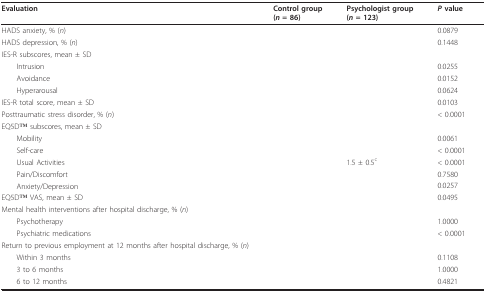
<table><thead><tr><td><b>Evaluation</b></td><td><b>Control group(<i>n </i>= 86)</b></td><td><b>Psychologist group(<i>n </i>= 123)</b></td><td><b><i>P </i>value</b></td></tr></thead><tbody><tr><td>HADS anxiety, % (<i>n</i>)</td><td>[EMPTY_CELL]</td><td>[EMPTY_CELL]</td><td>0.0879</td></tr><tr><td>HADS depression, % (<i>n</i>)</td><td>[EMPTY_CELL]</td><td>[EMPTY_CELL]</td><td>0.1448</td></tr><tr><td>IES-R subscores, mean ± SD</td><td>[EMPTY_CELL]</td><td>[EMPTY_CELL]</td><td>[EMPTY_CELL]</td></tr><tr><td> Intrusion</td><td>[EMPTY_CELL]</td><td>[EMPTY_CELL]</td><td>0.0255</td></tr><tr><td> Avoidance</td><td>[EMPTY_CELL]</td><td>[EMPTY_CELL]</td><td>0.0152</td></tr><tr><td> Hyperarousal</td><td>[EMPTY_CELL]</td><td>[EMPTY_CELL]</td><td>0.0624</td></tr><tr><td>IES-R total score, mean ± SD</td><td>[EMPTY_CELL]</td><td>[EMPTY_CELL]</td><td>0.0103</td></tr><tr><td>Posttraumatic stress disorder, % (<i>n</i>)</td><td>[EMPTY_CELL]</td><td>[EMPTY_CELL]</td><td>&lt; 0.0001</td></tr><tr><td>EQ5DTM subscores, mean ± SD</td><td>[EMPTY_CELL]</td><td>[EMPTY_CELL]</td><td>[EMPTY_CELL]</td></tr><tr><td> Mobility</td><td>[EMPTY_CELL]</td><td>[EMPTY_CELL]</td><td>0.0061</td></tr><tr><td> Self-care</td><td>[EMPTY_CELL]</td><td>[EMPTY_CELL]</td><td>&lt; 0.0001</td></tr><tr><td> Usual Activities</td><td>[EMPTY_CELL]</td><td>1.5 ± 0.5<sup>c</sup></td><td>&lt; 0.0001</td></tr><tr><td> Pain/Discomfort</td><td>[EMPTY_CELL]</td><td>[EMPTY_CELL]</td><td>0.7580</td></tr><tr><td> Anxiety/Depression</td><td>[EMPTY_CELL]</td><td>[EMPTY_CELL]</td><td>0.0257</td></tr><tr><td>EQ5DTM VAS, mean ± SD</td><td>[EMPTY_CELL]</td><td>[EMPTY_CELL]</td><td>0.0495</td></tr><tr><td>Mental health interventions after hospital discharge, % (<i>n</i>)</td><td>[EMPTY_CELL]</td><td>[EMPTY_CELL]</td><td>[EMPTY_CELL]</td></tr><tr><td> Psychotherapy</td><td>[EMPTY_CELL]</td><td>[EMPTY_CELL]</td><td>1.0000</td></tr><tr><td> Psychiatric medications</td><td>[EMPTY_CELL]</td><td>[EMPTY_CELL]</td><td>&lt; 0.0001</td></tr><tr><td>Return to previous employment at 12 months after hospital discharge, % (<i>n</i>)</td><td>[EMPTY_CELL]</td><td>[EMPTY_CELL]</td><td>[EMPTY_CELL]</td></tr><tr><td> Within 3 months</td><td>[EMPTY_CELL]</td><td>[EMPTY_CELL]</td><td>0.1108</td></tr><tr><td> 3 to 6 months</td><td>[EMPTY_CELL]</td><td>[EMPTY_CELL]</td><td>1.0000</td></tr><tr><td> 6 to 12 months</td><td>[EMPTY_CELL]</td><td>[EMPTY_CELL]</td><td>0.4821</td></tr></tbody></table>